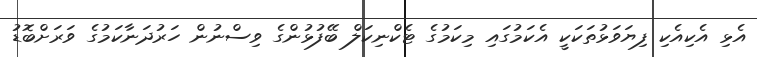
އެޅި އެކިއެކި ފިޔަވަޅުތަކަކީ އެކަމުގައި މިކަމުގެ ޓެކްނިކަލް ބޭފުޅުންގެ ވިސްނުން ހަރުދަނާކަމުގެ ވަރަށްބޮޑު